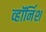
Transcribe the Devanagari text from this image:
व्हॉर्निश